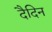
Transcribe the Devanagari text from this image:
दैदिन